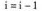
$$i = i - 1$$